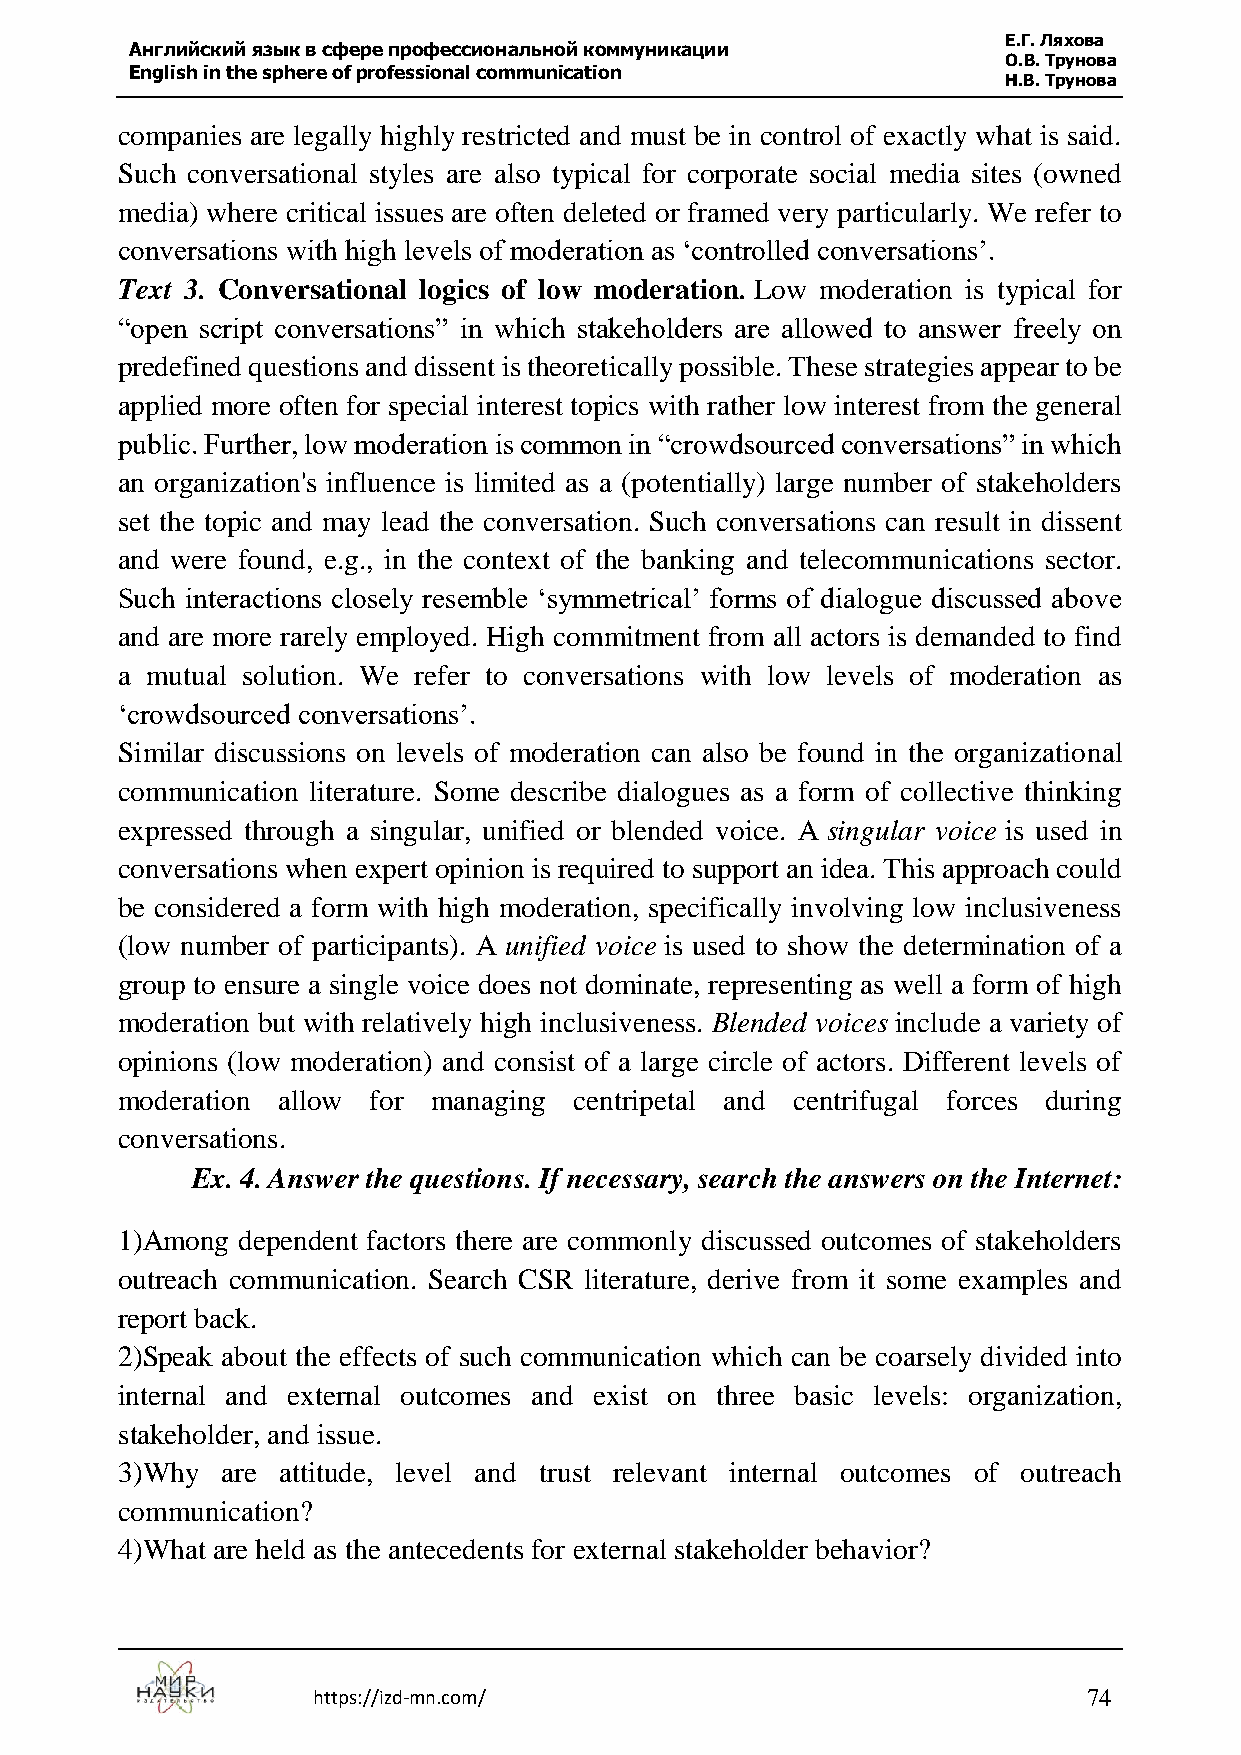
Е.Г. Ляхова
 Английский язык в сфере профессиональной коммуникации
 О.В. Трунова
 English in the sphere of professional communication
 Н.В. Трунова
 companies are legally highly restricted and must be in control of exactly what is said.
 Such conversational styles are also typical for corporate social media sites (owned
 media) where critical issues are often deleted or framed very particularly. We refer to
 conversations with high levels of moderation as ‘controlled conversations’.
 Text 3. Conversational logics of low moderation. Low moderation is typical for
 “open script conversations” in which stakeholders are allowed to answer freely on
 predefined questions and dissent is theoretically possible. These strategies appear to be
 applied more often for special interest topics with rather low interest from the general
 public. Further, low moderation is common in “crowdsourced conversations” in which
 an organization's influence is limited as a (potentially) large number of stakeholders
 set the topic and may lead the conversation. Such conversations can result in dissent
 and were found, e.g., in the context of the banking and telecommunications sector.
 Such interactions closely resemble ‘symmetrical’ forms of dialogue discussed above
 and are more rarely employed. High commitment from all actors is demanded to find
 a mutual solution. We refer to conversations with low levels of moderation as
 ‘crowdsourced conversations’.
 Similar discussions on levels of moderation can also be found in the organizational
 communication literature. Some describe dialogues as a form of collective thinking
 expressed through a singular, unified or blended voice. A singular voice is used in
 conversations when expert opinion is required to support an idea. This approach could
 be considered a form with high moderation, specifically involving low inclusiveness
 (low number of participants). A unified voice is used to show the determination of a
 group to ensure a single voice does not dominate, representing as well a form of high
 moderation but with relatively high inclusiveness. Blended voices include a variety of
 opinions (low moderation) and consist of a large circle of actors. Different levels of
 moderation allow for managing centripetal and centrifugal forces during
 conversations.
 Ex. 4. Answer the questions. If necessary, search the answers on the Internet:
 1)Among dependent factors there are commonly discussed outcomes of stakeholders
 outreach communication. Search CSR literature, derive from it some examples and
 report back.
 2)Speak about the effects of such communication which can be coarsely divided into
 internal and external outcomes and exist on three basic levels: organization,
 stakeholder, and issue.
 3)Why  are attitude, level and trust relevant internal outcomes of outreach
 communication?
 4)What are held as the antecedents for external stakeholder behavior?
 https://izd-mn.com/                                74